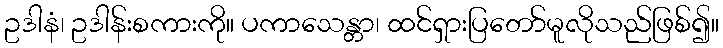
ဥဒါနံ၊ ဥဒါန်းစကားကို။ ပကာသေန္တာ၊ ထင်ရှားပြတော်မူလိုသည်ဖြစ်၍။